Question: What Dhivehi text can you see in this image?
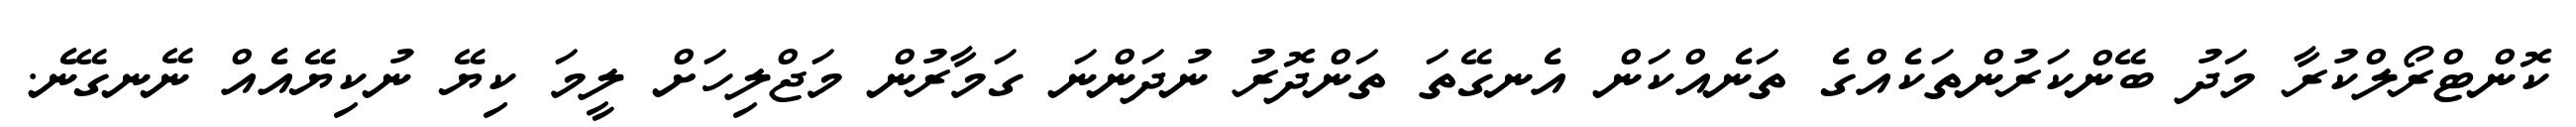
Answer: ކޮންޓްރޯލްކުރާ މަދު ބޭންކަރުންތަކެއްގެ ތަނެއްކަން އެނގޭތަ ތަންދޮރު ނުދަންނަ ގަމާރުން މަޖްލިހަށް ލީމަ ކިޔޭ ނުކިޔޭއެއް ނޭނގޭނެ.